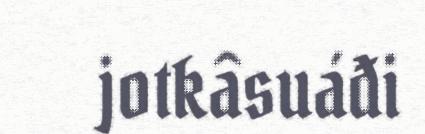
jotkâsuáđi